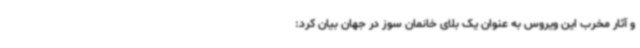
و آثار مخرب این ویروس به عنوان یک بلای خانمان سوز در جهان بیان کرد: